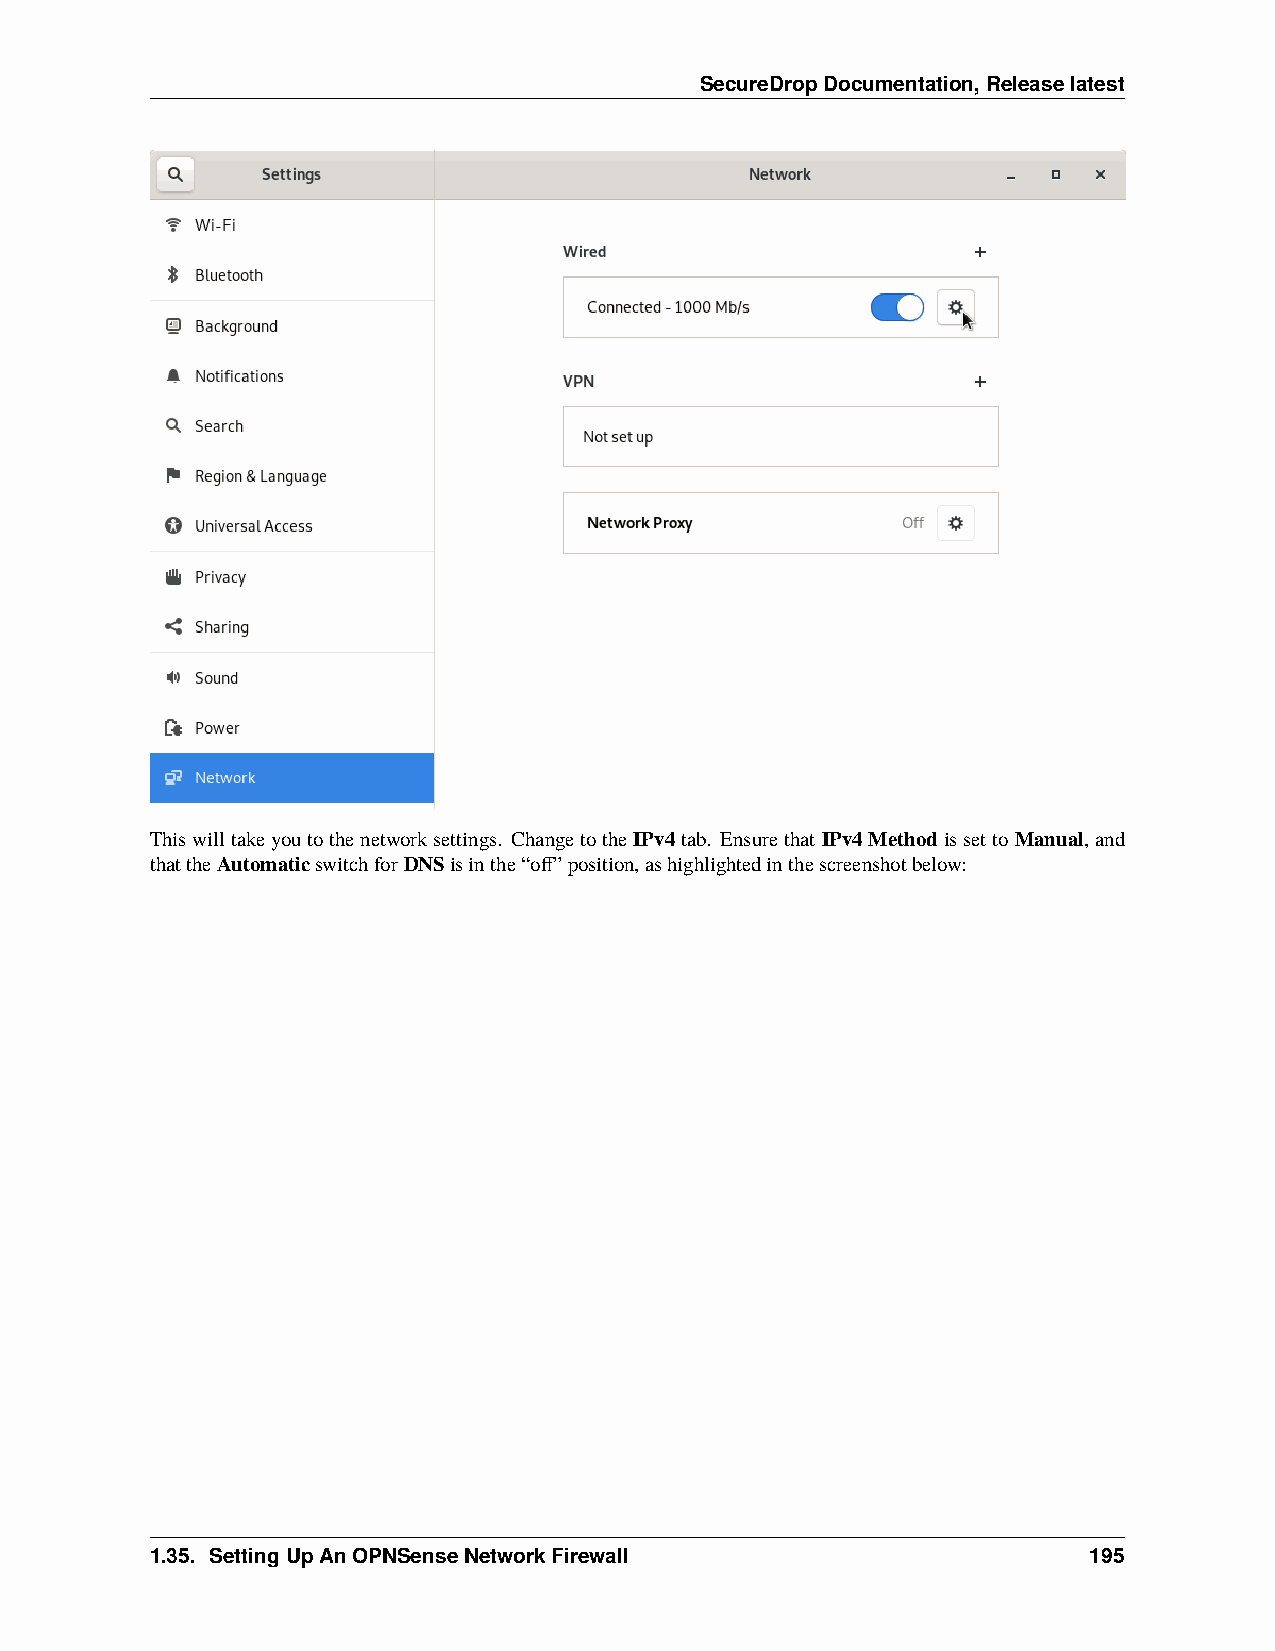
SecureDropDocumentation,Releaselatest
 Thiswilltakeyoutothenetworksettings. ChangetotheIPv4tab. Ensurethat IPv4MethodissettoManual,and
 thattheAutomaticswitchforDNSisinthe“off”position,ashighlightedinthescreenshotbelow:
 1.35. SettingUpAnOPNSenseNetworkFirewall                      195